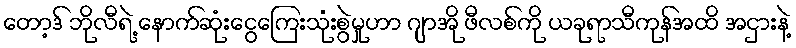
တော့ဒ် ဘိုလီရဲ့ နောက်ဆုံးငွေကြေးသုံးစွဲမှုဟာ ဂျာအို ဖီလစ်ကို ယခုရာသီကုန်အထိ အငှားနဲ့